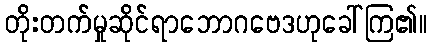
တိုးတက်မှုဆိုင်ရာဘောဂဗေဒဟုခေါ်ကြ၏။